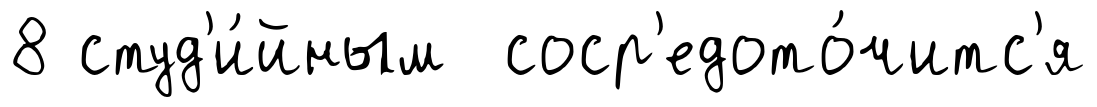
8 студ'и́йным соср'едото́читс'я